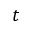
t